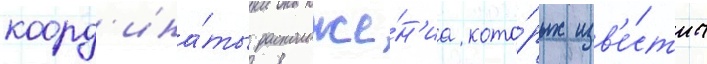
коорд'ина́ты расположе́н'иа кото́рых изв'е́стны